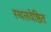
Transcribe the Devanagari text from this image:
स्थलवेष्ठित